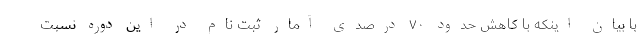
با بیان اینکه با کاهش حدود ۷۰ درصدی آمار ثبت نام در این دوره نسبت